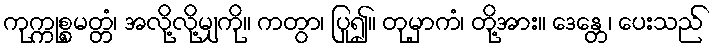
ကုက္ကုစ္စမတ္တံ၊ အလို့လို့မျှကို။ ကတွာ၊ ပြု၍။ တုမှာကံ၊ တို့အား။ ဒေန္တေ၊ ပေးသည်